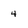
Character: 4